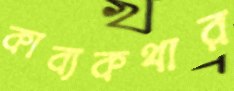
কাব্যকথার